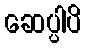
ဆေပ္ပါပိ